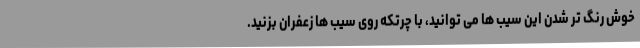
خوش رنگ تر شدن این سیب ها می توانید، با چرتکه روی سیب ها زعفران بزنید.